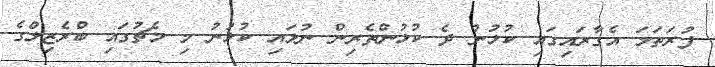
ފުރަތަމަ އެގާރައިގައި ކުޅުނު ދެ ކުޅުންތެރިން ނުލައި ކުޅުނު މި މެޗުގައި ބްރެޒިލްގެ